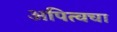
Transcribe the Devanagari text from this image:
अपित्वचा